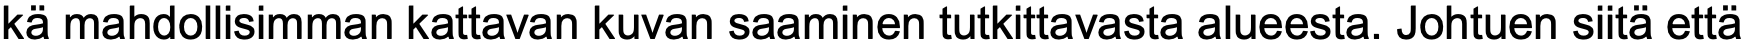
kä mahdollisimman kattavan kuvan saaminen tutkittavasta alueesta. Johtuen siitä että